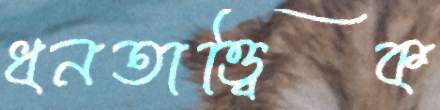
ধনতাত্ত্বিক